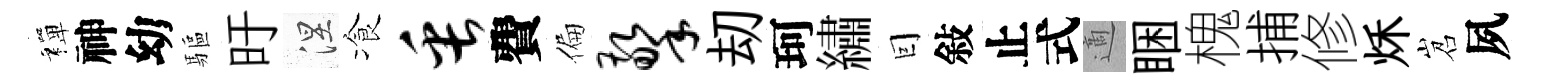
禪神幼驅旴涅飡缶費偏擎刧珂繡囙敍止式適睏槐捕修秌岧夙